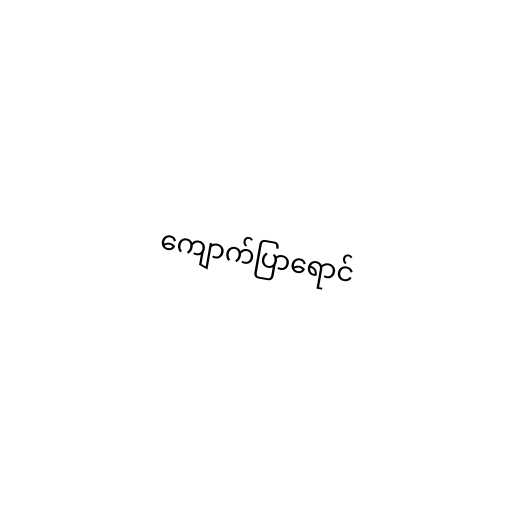
ကျောက်ပြာရောင်